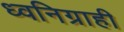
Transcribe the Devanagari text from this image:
ध्वनिग्राही